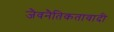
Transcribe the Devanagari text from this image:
जैवनैतिकतावादी